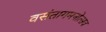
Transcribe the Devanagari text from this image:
वसंतागमनोत्सव